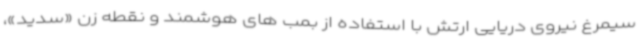
سیمرغ نیروی دریایی ارتش با استفاده از بمب های هوشمند و نقطه زن «سدید»،